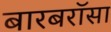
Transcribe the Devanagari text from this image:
बारबरॉसा